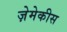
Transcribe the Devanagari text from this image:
ज़ेमेकीस